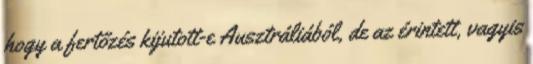
hogy a fertőzés kijutott-e Ausztráliából, de az érintett, vagyis